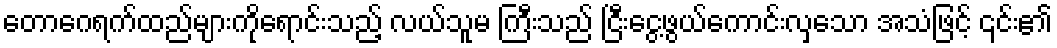
တောဂေရက်ထည်များကိုရောင်းသည့် လယ်သူမ ကြီးသည် ငြီးငွေ့ဖွယ်ကောင်းလှသော အသံဖြင့် ၎င်း၏